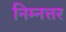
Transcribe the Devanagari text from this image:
निम्नत्तर